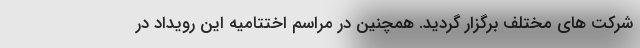
شرکت های مختلف برگزار گردید. همچنین در مراسم اختتامیه این رویداد در